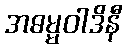
အဓမ္မဝါဒိနီ